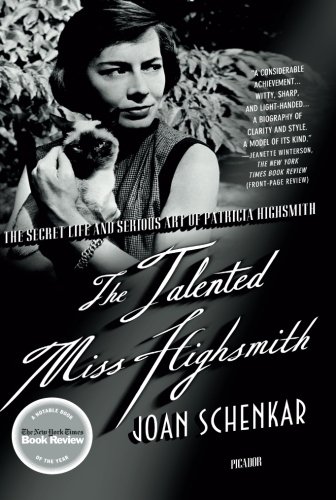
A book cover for The Talented Miss Highsmith: The Secret Life and Serious Art of Patricia Highsmith; Joan Schenkar; Gay & Lesbian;